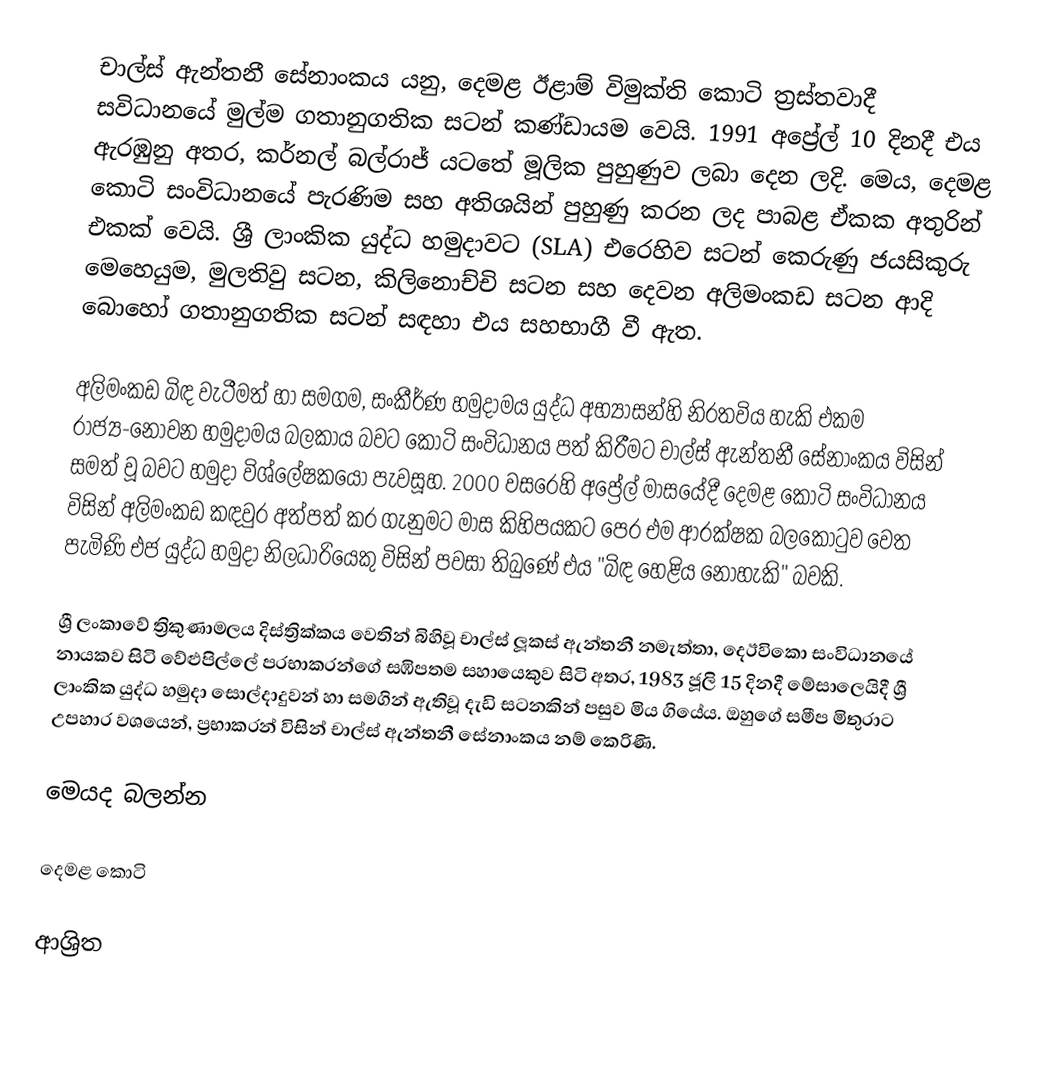
චාල්ස් ඇන්තනී සේනාංකය යනු,  දෙමළ ඊළාම් විමුක්ති කොටි ත්‍රස්තවාදී සවිධානයේ මුල්ම ගතානුගතික සටන් කණ්ඩායම වෙයි. 1991 අප්‍රේල් 10 දිනදී එය ඇරඹුනු අතර, කර්නල් බල්රාජ් යටතේ මූලික පුහුණුව ලබා දෙන ලදි.  මෙය, දෙමළ කොටි සංවිධානයේ පැරණිම සහ අතිශයින් පුහුණු කරන ලද පාබළ ඒකක අතුරින් එකක් වෙයි. ශ්‍රී ලාංකික යුද්ධ හමුදාවට (SLA) එරෙහිව සටන් කෙරුණු   ජයසිකුරු මෙහෙයුම, මුලතිවු සටන, කිලිනොච්චි සටන සහ  දෙවන අලිමංකඩ සටන ආදි බොහෝ ගතානුගතික සටන් සඳහා එය සහභාගී වී ඇත.

අලිමංකඩ බිඳ වැටීමත් හා සමගම,   සංකීර්ණ හමුදාමය යුද්ධ අභ්‍යාසන්හි නිරතවිය හැකි එකම රාජ්‍ය-නොවන හමුදාමය බලකාය බවට කොටි සංවිධානය පත් කිරීමට  චාල්ස් ඇන්තනී සේනාංකය විසින් සමත් වූ බවට හමුදා විශ්ලේෂකයෝ පැවසූහ.  2000 වසරෙහි අප්‍රේල් මාසයේදී දෙමළ කොටි සංවිධානය විසින් අලිමංකඩ  කඳවුර අත්පත් කර ගැනුමට මාස කිහිපයකට පෙර එම ආරක්ෂක බලකොටුව වෙත පැමිණි එජ යුද්ධ හමුදා නිලධාරියෙකු විසින් පවසා තිබුණේ එය  "බිඳ හෙළිය නොහැකි" බවකි.

ශ්‍රී ලංකාවේ ත්‍රිකුණාමලය දිස්ත්‍රික්කය වෙතින් බිහිවූ  චාල්ස් ලූකස් ඇන්තනී නමැත්තා, දෙඊවිකො  සංවිධානයේ නායකව සිටි  වේළුපිල්ලේ ප‍්‍රභාකරන්ගේ සඹිපතම සහායෙකුව සිටි අතර, 1983 ජූලි 15 දිනදී මේසාලෙයිදී  ශ්‍රී ලාංකික යුද්ධ හමුදා සොල්දාදුවන් හා සමගින් ඇතිවූ  දැඩි සටනකින් පසුව මිය ගියේය.  ඔහුගේ සමීප මිතුරාට උපහාර වශයෙන්, ප්‍රභාකරන් විසින් චාල්ස් ඇන්තනී සේනාංකය නම් කෙරිණි.

මෙයද බලන්න

 දෙමළ කොටි

ආශ්‍රිත